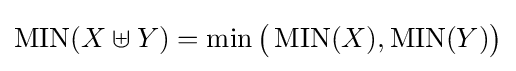
\operatorname {MIN} (X\uplus Y)=\min {\bigl (}\operatorname {MIN} (X),\operatorname {MIN} (Y){\bigr )}